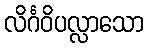
လိင်္ဂဝိပလ္လာသော